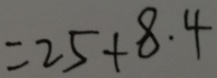
= 2 5 + 8 . 4